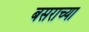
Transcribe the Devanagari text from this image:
बसराच्या